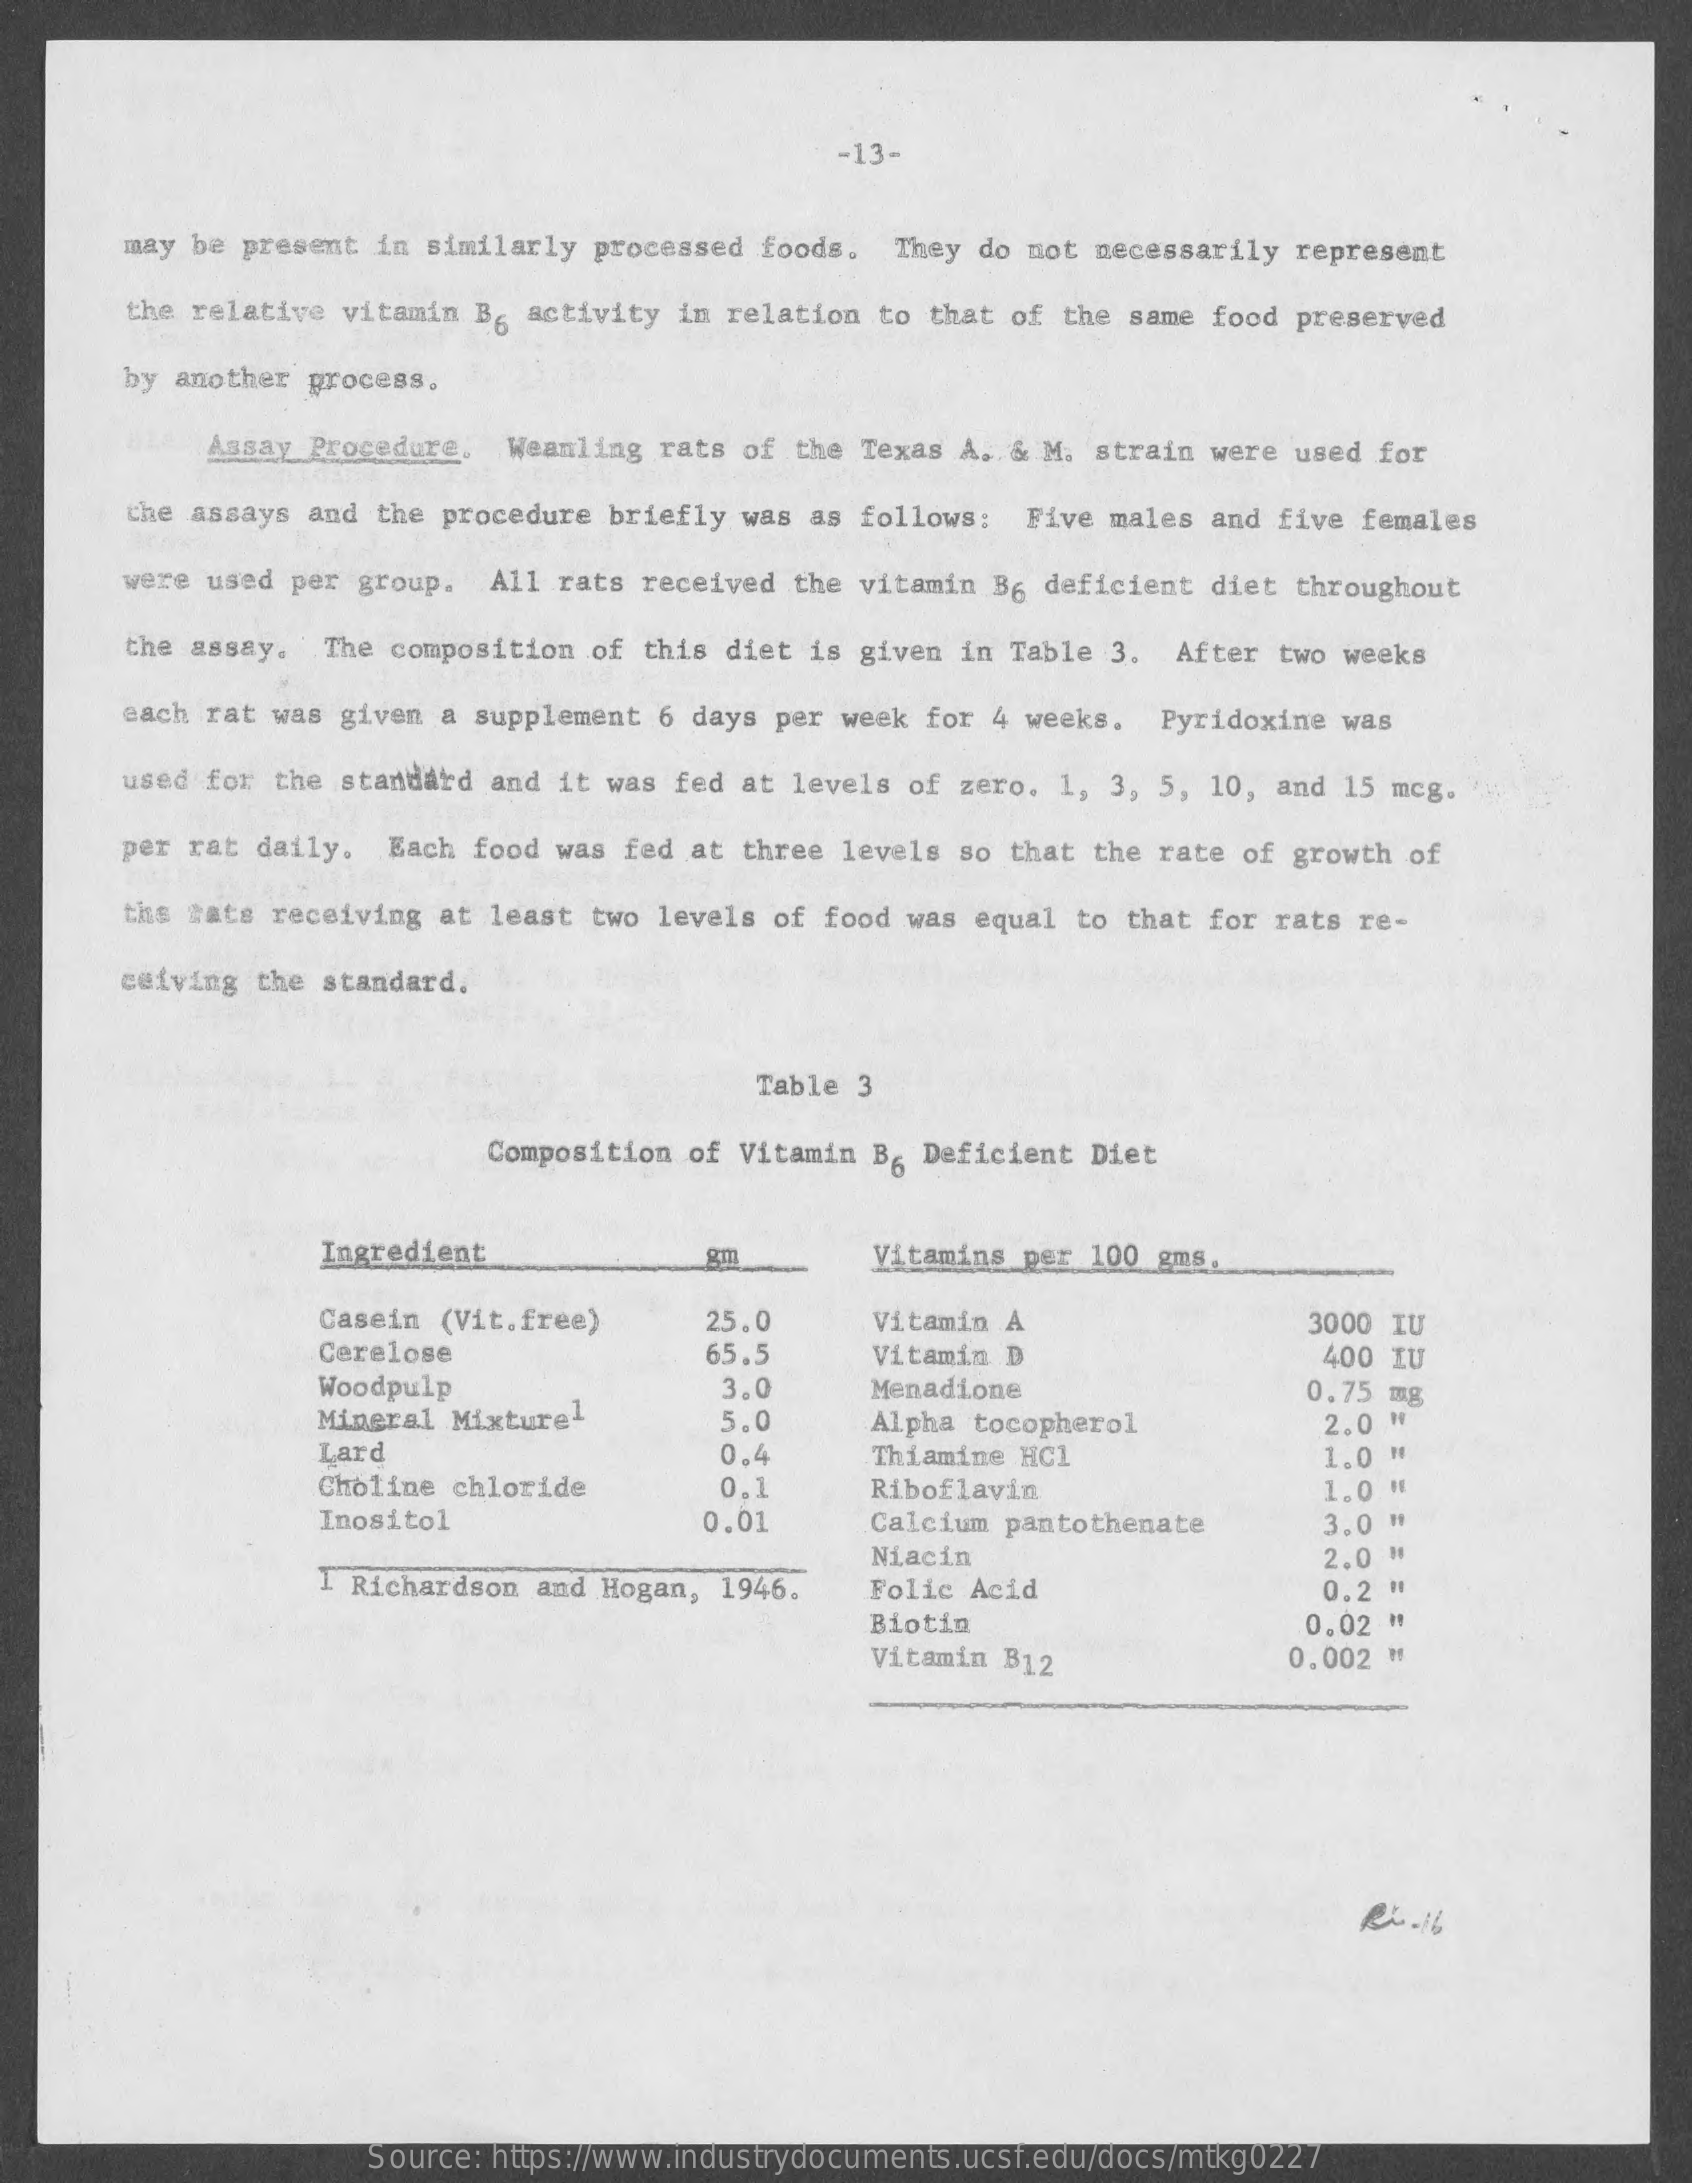
-13-
     may be present in similarly processed foods. They do not necessarily represent
     the relative vitamin B. activity in relation to that of the same food preserved
     by another process.
     Assay Procedure. Weanling rats of the Texas A. & M. strain were used for
     the assays and the procedure briefly was as follows: Five males and five females
     were used per group. All rats received the vitamin B6 deficient diet throughout
     the assay. The composition of this diet is given in Table 3. After two weeks
     each rat was given a supplement 6 days per week for 4 weeks. Pyridoxine was
     used for the standard and it was fed at levels of zero. 1, 3, 5, 10, and 15 mcg.
     per rat daily. Each food was fed at three levels so that the rate of growth of
     ths tats receiving at least two levels of food was equal to that for rats re-
     cefving the standard.
     Table 3
     Composition of Vitamin B. Deficient Diet
     Ingredient    gm    Vitamins per 100 gms.
     Casein (Vit.free)   25.0    Vitamin A
     Cerelose    65.5    Vitamin D
     3000 IU
     400 IU
     Woodpulp
     Mineral Mixture1
     3.0    Menadione    0.75 mg
     5.0
     Lard
     Alpha tocopherol    2.0 W
     Thiamine HC1
     Choline chloride
     0.4
     0.1    Riboflavin
     1.0 "
     Inositol    0.01
     1.0 "
     Calcium pantothenate  3.0 "
     I Richardson and Hogan, 1946.
     Niacin
     Folic Acid
     2.0 "
     0.2 "
     Biotin    0.02 "
     Vitamin B12    0.002 M
     Source: https://www.industrydocuments.ucsf.edu/docs/mtkg0227